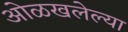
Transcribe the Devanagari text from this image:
ओळखलेल्या